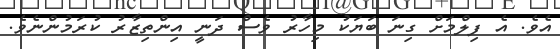
އެވެ. އެ ފިލްމަށް ގިނަ ބަޔަކު މިހާރު ވެސް ދަނީ އިންތިޒާރު ކުރަމުންނެވެ.